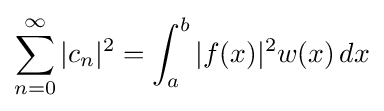
\sum _{n=0}^{\infty }|c_{n}|^{2}=\int _{a}^{b}|f(x)|^{2}w(x)\,dx